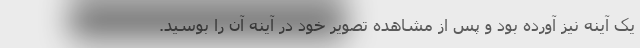
یک آینه نیز آورده بود و پس از مشاهده تصویر خود در آینه آن را بوسید.